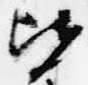
皆